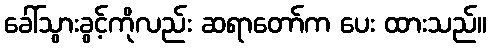
ခေါ်သွားခွင့်ကိုလည်း ဆရာတော်က ပေး ထားသည်။